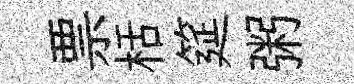
票栝筵粥